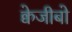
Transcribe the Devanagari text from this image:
क्वेजीबो